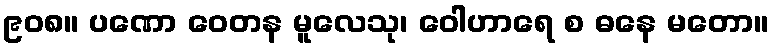
၉၀၈။ ပဏော ဝေတန မူလေသု၊ ဝေါဟာရေ စ ဓနေ မတော။